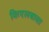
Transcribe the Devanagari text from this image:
किएलबासा